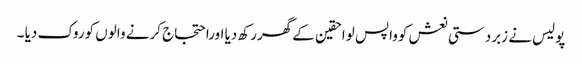
پولیس نے زبردستی نعش کوواپس لواحقین کے گھررکھ دیا اوراحتجاج کرنے والوں کوروک دیا ۔